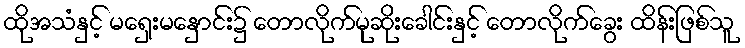
ထိုအသံနှင့် မရှေးမနှောင်း၌ တောလိုက်မုဆိုးခေါင်းနှင့် တောလိုက်ခွေး ထိန်းဖြစ်သူ